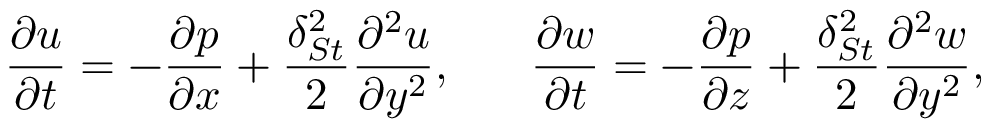
\frac { \partial u } { \partial t } = - \frac { \partial p } { \partial x } + \frac { \delta _ { S t } ^ { 2 } } { 2 } \frac { \partial ^ { 2 } u } { \partial y ^ { 2 } } , \ \ \ \ \ \frac { \partial w } { \partial t } = - \frac { \partial p } { \partial z } + \frac { \delta _ { S t } ^ { 2 } } { 2 } \frac { \partial ^ { 2 } w } { \partial y ^ { 2 } } ,